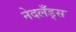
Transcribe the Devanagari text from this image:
नेदलँड्स